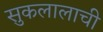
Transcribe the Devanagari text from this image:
सुकलालाची